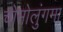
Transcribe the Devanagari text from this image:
चोमोलुंगमा